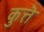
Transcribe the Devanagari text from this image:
कुत्तॆ